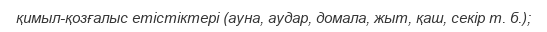
қимыл-қозғалыс етістіктері (ауна, аудар, домала, жыт, қаш, секір т. б.);